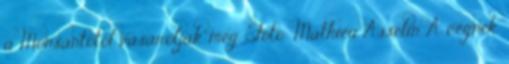
a Monsantótól vásárolják meg. Fotó: Mathieu Asselin A cégnek